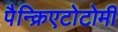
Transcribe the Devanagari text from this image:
पैन्क्रिएटोटोमी